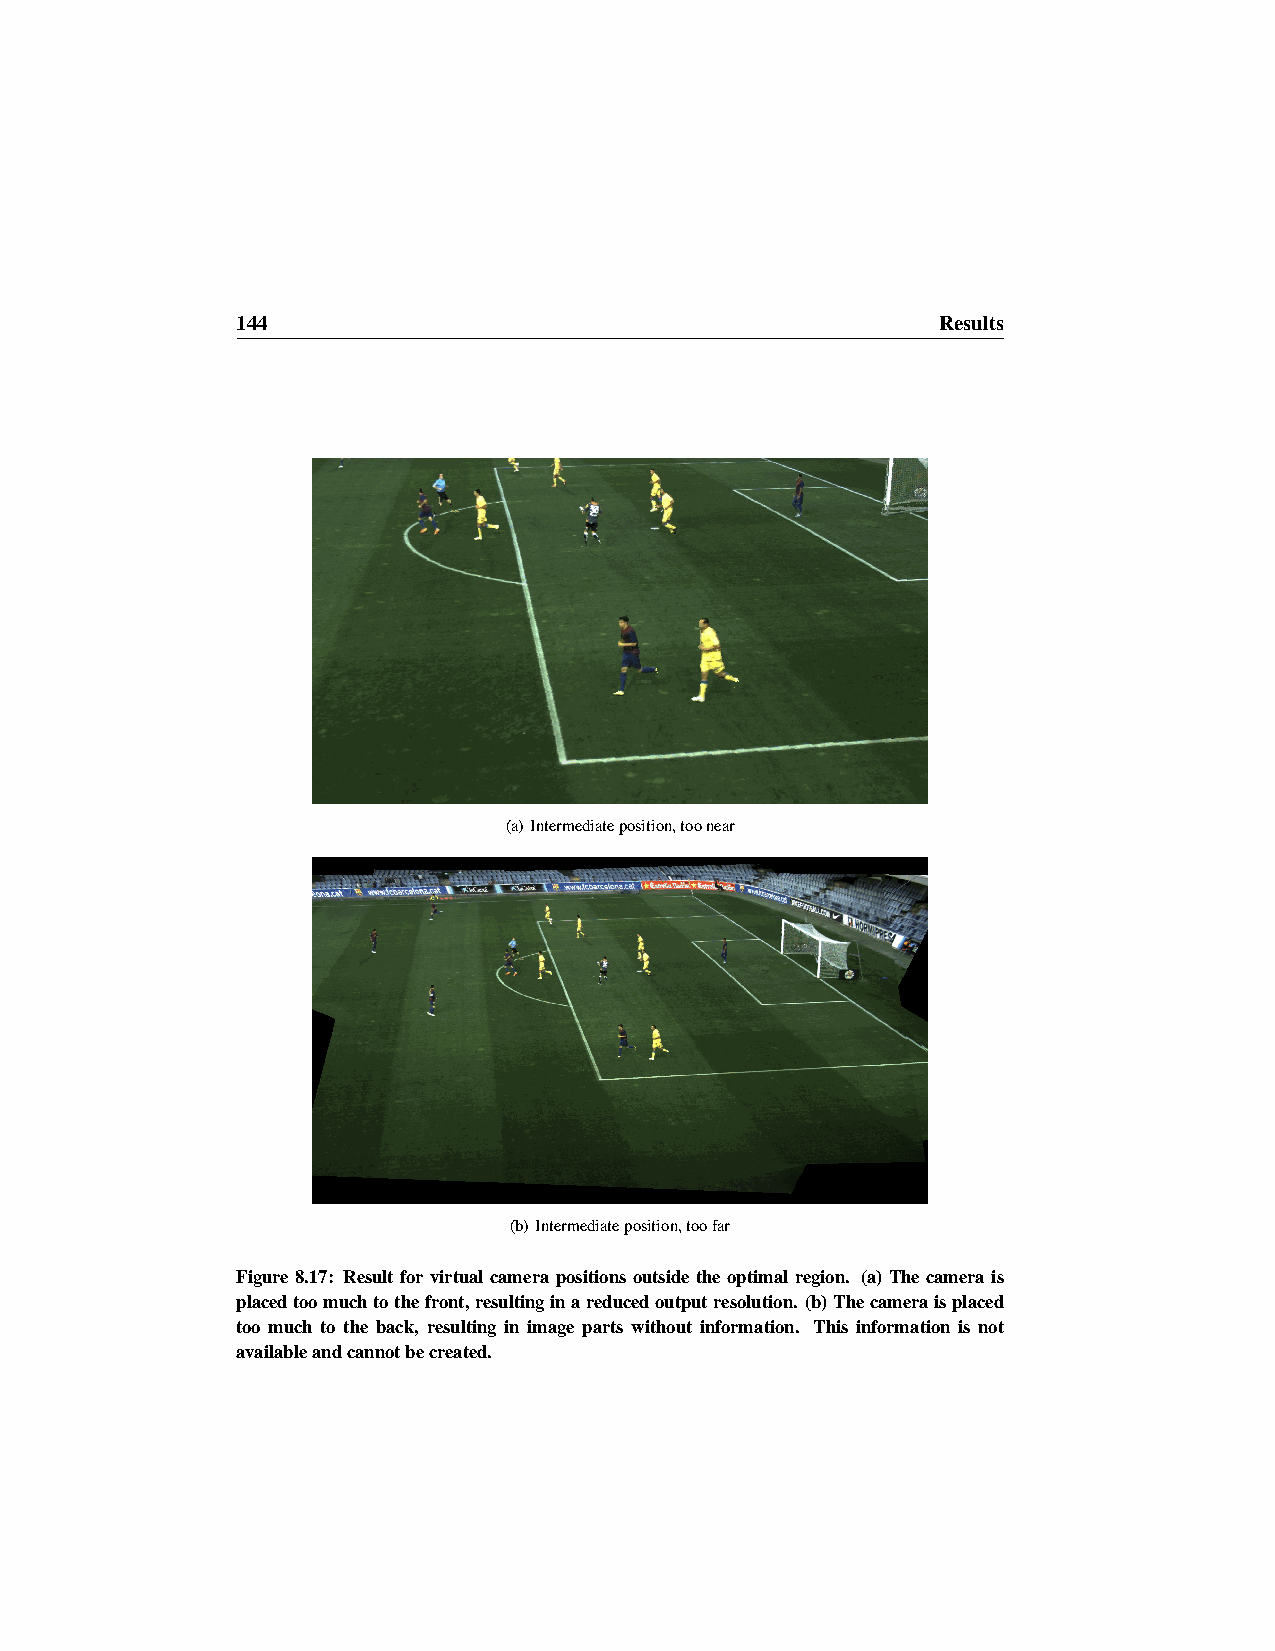
144                                           Results
 (a) Intermediateposition,toonear
 (b) Intermediateposition,toofar
 Figure 8.17: Result for virtual camera positions outside the optimal region. (a) The camera is
 placedtoomuchtothefront,resultinginareducedoutputresolution. (b)Thecameraisplaced
 too much to the back, resulting in image parts without information. This information is not
 availableandcannotbecreated.